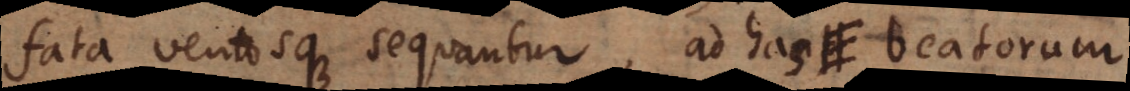
fata ventosque sequantur, ad has beatorum